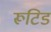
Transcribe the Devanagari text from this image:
रूटिड